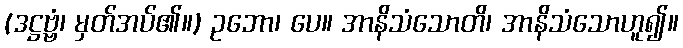
(ဒဋ္ဌဗ္ဗံ၊ မှတ်အပ်၏။) ဥဘော၊ ပေ။ အာနိသံသောတိ၊ အာနိသံသောဟူ၍။